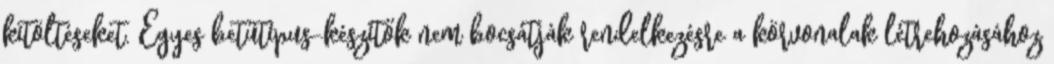
kitöltéseket. Egyes betűtípus-készítők nem bocsátják rendelkezésre a körvonalak létrehozásához